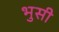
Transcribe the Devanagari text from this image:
भुसी